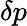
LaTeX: \delta p